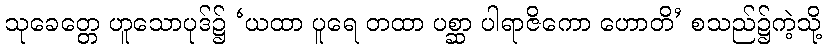
သုခေတ္တေ ဟူသောပုဒ်၌ ‘ယထာ ပူရေ တထာ ပစ္ဆာ ပါရာဇိကော ဟောတိ’ စသည်၌ကဲ့သို့